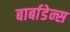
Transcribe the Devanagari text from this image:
बार्बाडेन्स